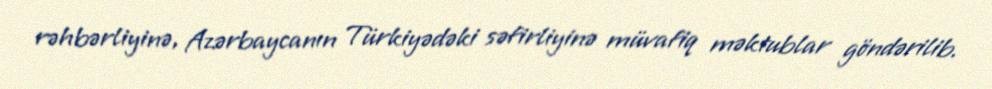
rəhbərliyinə, Azərbaycanın Türkiyədəki səfirliyinə müvafiq məktublar göndərilib.